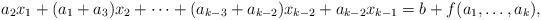
LaTeX: \begin{align*}a_2 x_1+(a_1+a_3)x_2+\cdots+(a_{k-3}+a_{k-2})x_{k-2}+a_{k-2}x_{k-1}=b+f(a_1,\ldots,a_k),\end{align*}